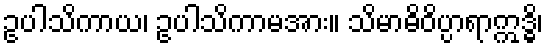
ဥပါသိကာယ၊ ဥပါသိကာမအား။ သိမာဓိဝိပ္ပာရာဣဒ္ဓိ၊